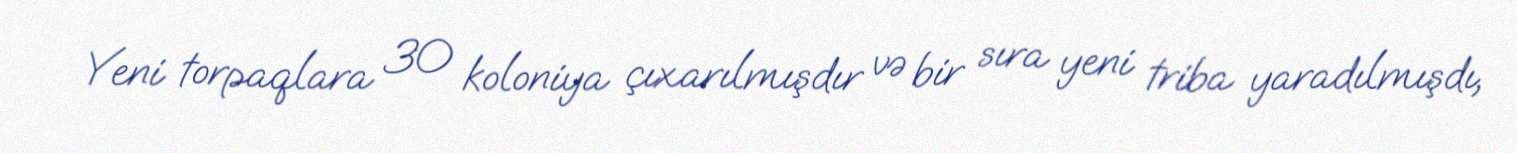
Yeni torpaqlara 30 koloniya çıxarılmışdır və bir sıra yeni triba yaradılmışdı,